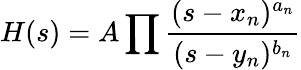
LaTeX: H(s)=A\prod{\frac{(s-x_{n})^{a_{n}}}{(s-y_{n})^{b_{n}}}}